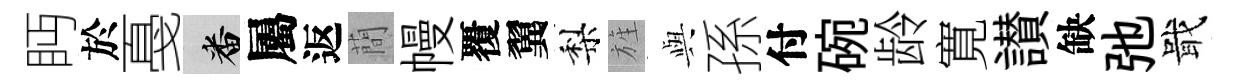
眄於戞番屬返蕳幔覆翼梨旌𫤰孫付碗龄寛讃缺弛戢